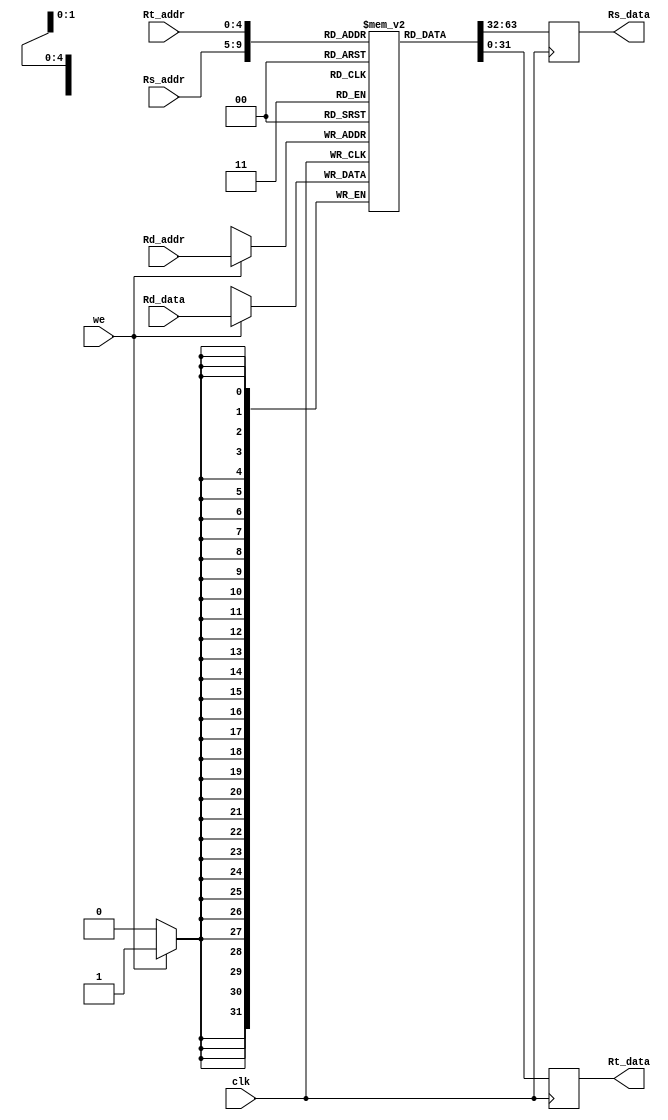
module Registers #(parameter width=32, size=32) (
    input					clk,
	input		[4:0]		Rs_addr, Rt_addr,
	output reg	[width-1:0]	Rs_data, Rt_data,
	input					we,
	input		[4:0]		Rd_addr,
	input		[width-1:0]	Rd_data
);
	
	integer i;

	// Register File
	reg     [31:0]      register        [0:31];

	// Initialize the register files.
	initial begin
		for(i = 0; i < size; i = i+1)
			register[i] = {width{1'b0}};
	end
	
	// Read data from the register files.    
	always @ (posedge clk) begin  
		Rs_data <= register[Rs_addr];
		Rt_data <= register[Rt_addr];
	end

	// Write data to the register files.   
	always @ (posedge clk) begin
    	if(we)
    	    register[Rd_addr] = Rd_data;
	end
   
endmodule